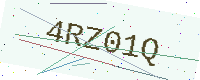
Text: 4RZ01Q